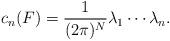
LaTeX: \begin{align*}c_n(F)=\frac{1}{(2\pi)^N}\lambda_1\cdots\lambda_n.\end{align*}